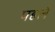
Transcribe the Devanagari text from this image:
पहलेे